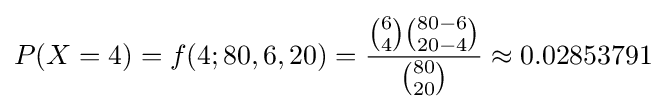
P(X=4)=f(4;80,6,20)={{{6 \choose 4}{{80-6} \choose {20-4}}} \over {80 \choose 20}}\approx 0.02853791